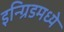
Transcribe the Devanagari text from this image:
इन्ग्रिडमध्ये